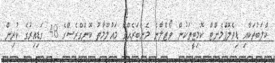
ކްލަބުތަކާއި ޑިވެލޮޕްމެންޓް ކޮމިޓީތަކުން ވޯޓްލާނެ މެންބަރެއްގެ މައުލޫމާތު ކޮންގްރެސްގެ 48 ގަޑިއިރުގެ ކުރިން